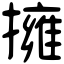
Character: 擁